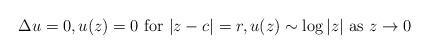
LaTeX: \begin{align*}\Delta u = 0,u(z) = 0 \hbox{ for } |z-c\kern .3pt|=r,u(z) \sim \log|z| \hbox{ as } z\to 0\end{align*}